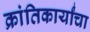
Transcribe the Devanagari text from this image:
क्रांतिकार्यांचा